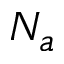
N _ { a }